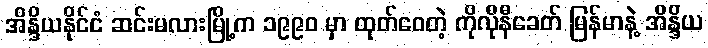
အိန္ဒိယနိုင်ငံ ဆင်းမလားမြို့က ၁၉၉၀ မှာ ထုတ်ဝေတဲ့ ကိုလိုနီခေတ် မြန်မာနဲ့ အိန္ဒိယ